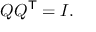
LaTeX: Q Q ^ { \mathsf { T } } = I .